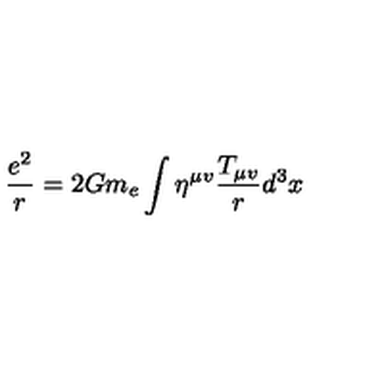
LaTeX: \frac { e ^ { 2 } } { r } = 2 G m _ { e } \int \eta ^ { \mu v } \frac { T _ { \mu v } } { r } d ^ { 3 } x